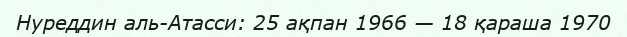
Нуреддин аль-Атасси: 25 ақпан 1966 — 18 қараша 1970